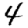
Digit: 4